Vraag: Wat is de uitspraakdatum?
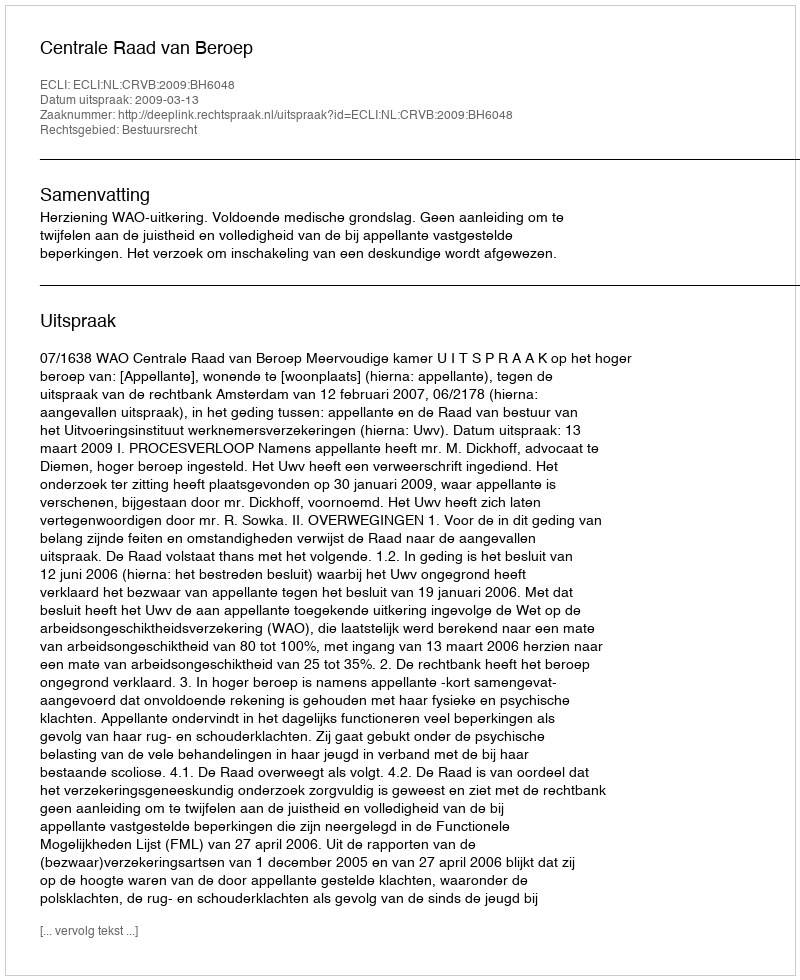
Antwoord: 2009-03-13